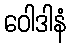
ဝေါဒါနံ